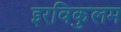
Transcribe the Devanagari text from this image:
इरविकुलम